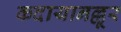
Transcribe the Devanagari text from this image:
कदायानल्लूर